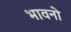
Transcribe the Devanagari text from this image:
भावनो